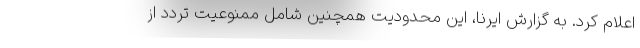
اعلام کرد. به گزارش ایرنا، این محدودیت همچنین شامل ممنوعیت تردد از